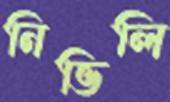
নিভিলি